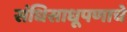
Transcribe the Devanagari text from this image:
संधिसाधूपणाचे